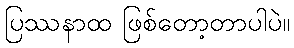
ပြဿနာထ ဖြစ်တော့တာပါပဲ။